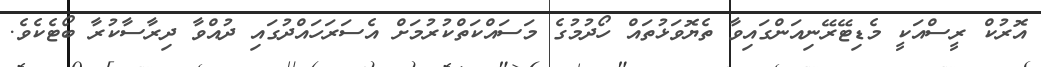
އޮރުކް ރީސްއަކީ މެޑިޓޭރޭނިއަންގައިވާ ތެޔޮވަޅުތައް ހޯދުމުގެ މަސައްކަތްކުރުމަށް އެސަރަހައްދުގައި ދުއްވާ ދިރާސާކުރާ ބޯޓެކެވެ.